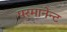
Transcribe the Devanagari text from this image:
परमानेन्ट